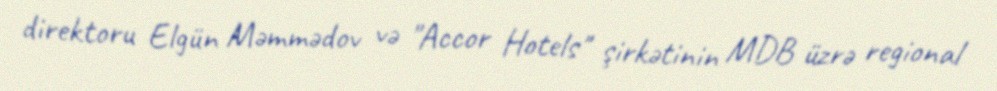
direktoru Elgün Məmmədov və "Accor Hotels" şirkətinin MDB üzrə regional